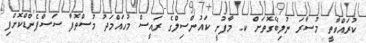
ކުރައްވާތީ މުސާރަ ނުލިބޭގޮތަށް ކ. މާފުށީ ކައުންސިލްގެ ރައީސް މުހައްމަދު މުސްތޮފާ ސަސްޕެންޑްކޮށްފި